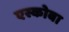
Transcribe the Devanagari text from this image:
एस्कोबा